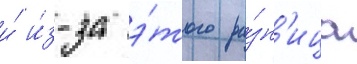
и́ и́з-за э́того ра́зн'ица